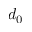
d _ { 0 }